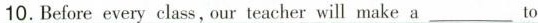
10. Before every class, our teacher will make a___to